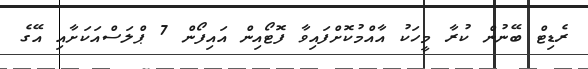
ރެޑިޓް ބޭނުން ކުރާ މީހަކު އާއްމުކޮށްފައިވާ ފޮޓޯއިން އައިފޯން 7 ޕްލަސްއަކަށާއި އޭގެ